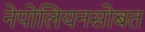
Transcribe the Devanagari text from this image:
नेपोलियनसोबत